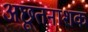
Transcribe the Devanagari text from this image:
अछूतनाशक